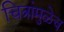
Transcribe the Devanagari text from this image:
चित्रांमुळेच